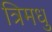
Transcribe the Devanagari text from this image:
त्रिमधु